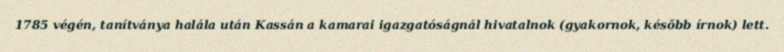
1785 végén, tanítványa halála után Kassán a kamarai igazgatóságnál hivatalnok (gyakornok, később írnok) lett.